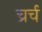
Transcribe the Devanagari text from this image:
च्रर्च